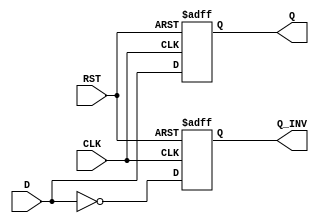
module D_FF(
	input D,
	input CLK,
	input RST,
	output reg Q,
	output reg Q_INV
);


	always@(posedge CLK or negedge RST) begin
	
		if(!RST) begin
		
			Q<=1'b0;
			Q_INV<=1'b1;	
				
		end
		else begin
			Q<=D;
			Q_INV<=(~D);
		end 
	end

endmodule